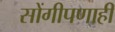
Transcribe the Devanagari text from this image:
सोंगीपणाही